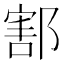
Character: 𨝃